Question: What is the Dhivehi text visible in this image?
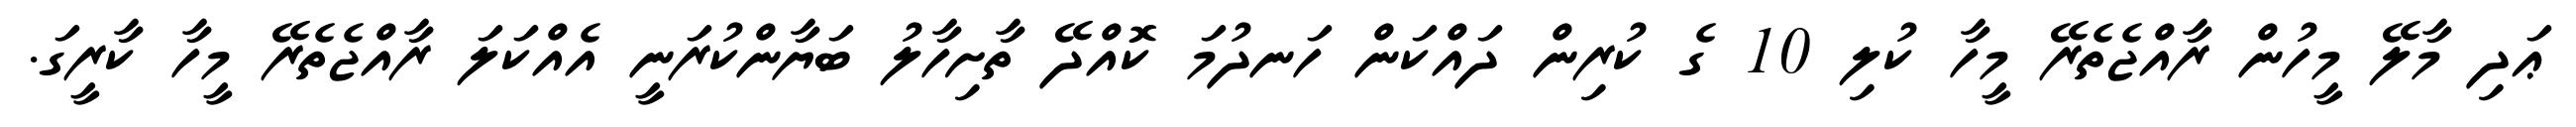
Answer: ޢަދި މާލޭ މީހުން ރާއްޖެތެރޭ މީހާ ކުލި 10 ގެ ކުރިން ދައްކަން ހަނދުމަ ކޮއްދޭ ތާށިހާލު ބަޔާންކުރަނީ އެއްކަލަ ރާއްޖެތެރޭ މީހާ ކާރީގަ.